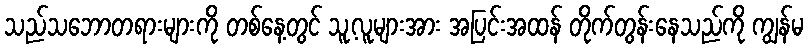
သည်သဘောတရားများကို တစ်နေ့တွင် သူ့လူများအား အပြင်းအထန် တိုက်တွန်းနေသည်ကို ကျွန်မ